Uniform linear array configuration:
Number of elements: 16
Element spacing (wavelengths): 0.25
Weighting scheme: kaiser
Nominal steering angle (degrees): -30
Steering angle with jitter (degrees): -30.7
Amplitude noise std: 0.05
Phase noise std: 0.05

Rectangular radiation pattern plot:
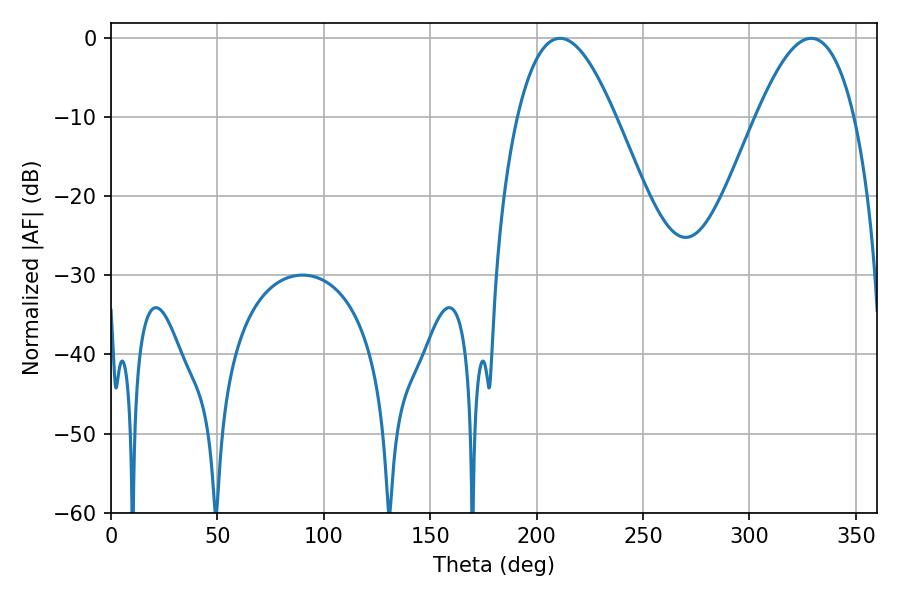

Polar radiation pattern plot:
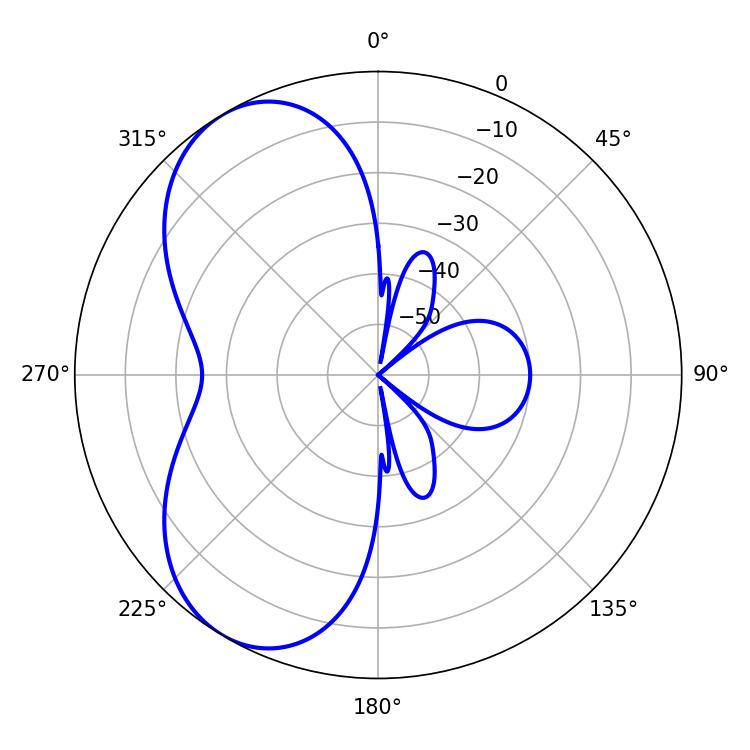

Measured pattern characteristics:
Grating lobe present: FALSE
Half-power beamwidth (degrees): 25.2
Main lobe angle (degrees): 329.04